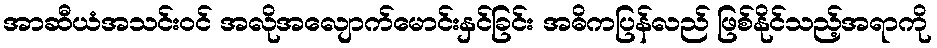
အာဆီယံအသင်းဝင် အလိုအလျောက်မောင်းနှင်ခြင်း အဓိကပြန်လည် ဖြစ်နိုင်သည့်အရာကို